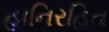
હાનિરહિત